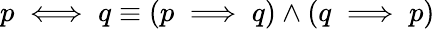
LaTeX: p\iff q\equiv(p\implies q)\wedge(q\implies p)